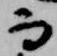
而